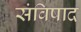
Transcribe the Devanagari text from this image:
संविषाद